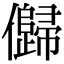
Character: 𠐽